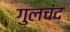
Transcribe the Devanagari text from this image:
गुलचंद